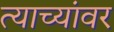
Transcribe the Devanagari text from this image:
त्याच्यांवर